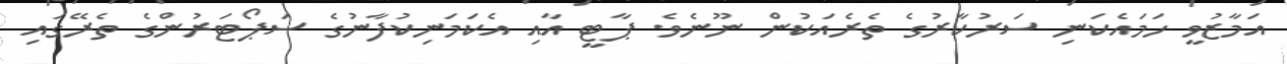
އަމާޒުވީ ހަމައެކަނި ސަރުކާރުގެ ތެރެއަކުން ނޫނެވެ. ޕާޓީ އާއި އެކަމަނިކުފާނުގެ ސަޕޯޓަރުންގެ ތެރޭގައި